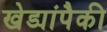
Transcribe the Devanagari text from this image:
खेड्यांपैकी